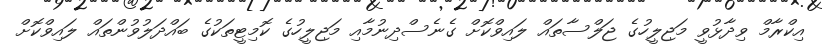
އިކްރާމް ވިދާޅުވީ މަޖިލީހުގެ ޖަލްސާތައް ލައިވްކޮށް ގެނެސްދިނުމާއި މަޖިލީހުގެ ކޮމިޓީތަކުގެ ބައްދަލުވުންތައް ލައިވްކޮށް